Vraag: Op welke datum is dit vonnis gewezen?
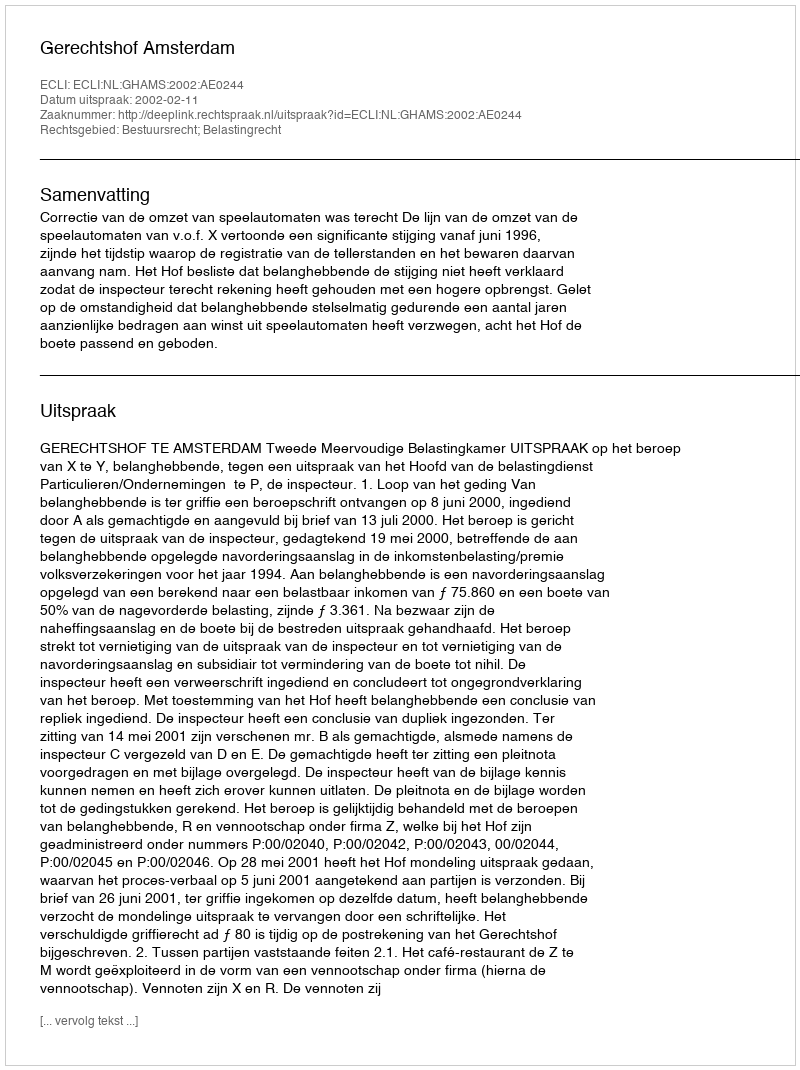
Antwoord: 2002-02-11